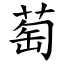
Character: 萄